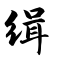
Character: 缉